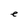
Character: e